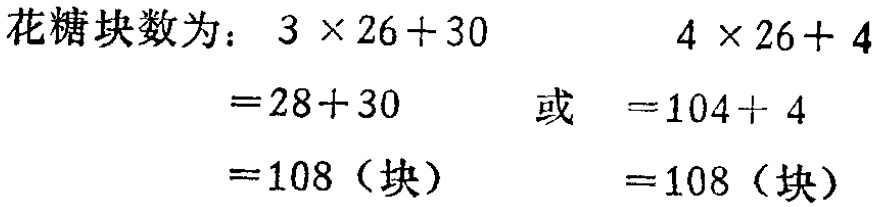
花糖块数为：

\[

\begin{align*}

3\times26 + 30&= 28+30\\

&=108 (\text{块})

\end{align*}

\]

或

\[

\begin{align*}

4\times26 + 4&=104 + 4\\

&=108 (\text{块})

\end{align*}

\]